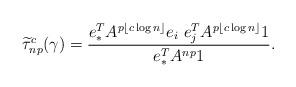
LaTeX: \begin{align*} \widetilde{\tau}_{np}^c(\gamma) = \frac{e_\ast^T A^{p \lfloor c \log n \rfloor} e_i \ e_j^T A^{p \lfloor c \log n \rfloor}1}{e_\ast^T A^{np} 1}. \end{align*}